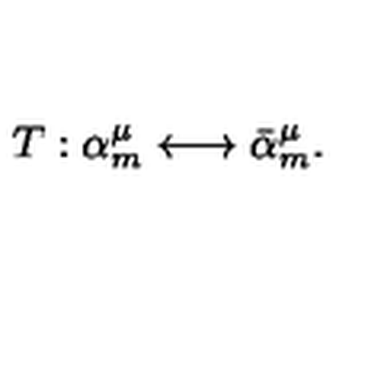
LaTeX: T : \alpha _ { m } ^ { \mu } \longleftrightarrow \bar { \alpha } _ { m } ^ { \mu } .